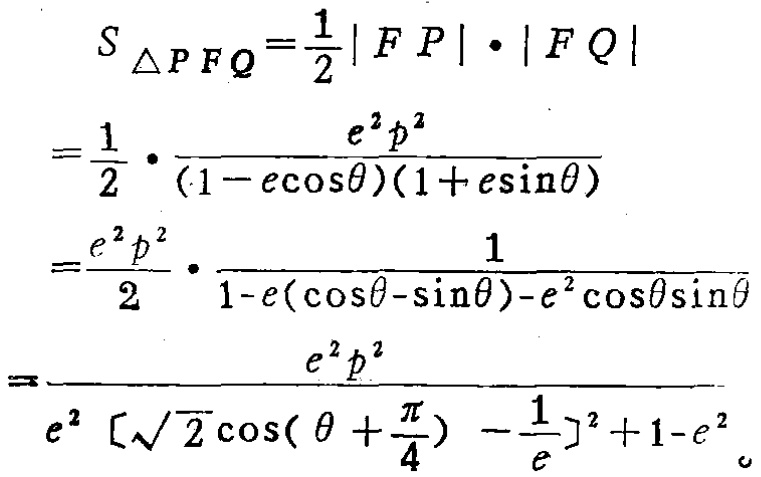
\[
\begin{align*}
S_{\triangle PFQ}&=\frac{1}{2}|FP|\cdot|FQ|\\
&=\frac{1}{2}\cdot\frac{e^{2}p^{2}}{(1 - e\cos\theta)(1 + e\sin\theta)}\\
&=\frac{e^{2}p^{2}}{2}\cdot\frac{1}{1 - e(\cos\theta - \sin\theta)-e^{2}\cos\theta\sin\theta}\\
&=\frac{e^{2}p^{2}}{e^{2}\left[\sqrt{2}\cos(\theta+\frac{\pi}{4})-\frac{1}{e}\right]^{2}+1 - e^{2}}
\end{align*}
\]